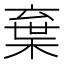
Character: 𣓪